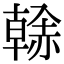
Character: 𧹳